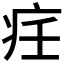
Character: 𱱋